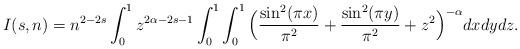
LaTeX: \begin{align*}I(s,n) = n^{2-2s} \int_0^1 z^{2\alpha-2s-1} \int_0^1 \int_0^1 \Big(\frac{\sin^2(\pi x)}{\pi^2}+\frac{\sin^2(\pi y)}{\pi^2}+z^2\Big)^{-\alpha} dx dy dz.\end{align*}